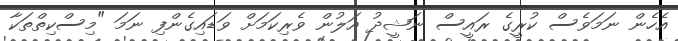
އެހެން ނަމަވެސް ކުރީގެ ރައީސް ނަޝީދު އަލުން ވެރިކަމަށް ވަޑައިގެންފި ނަމަ "މިސްކިތްތަކާ